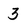
Character: 3